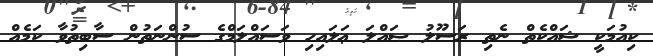
ކިއުމަކީ ޝައްކެތް ނެތި ރަސޫލު ޞައްލަ ޢަލައިހި ވަސައްލަމްގެ ސުންނަތުން ސާބިތުވާ ކަމެއް